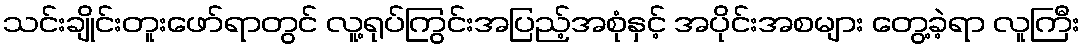
သင်းချိုင်းတူးဖော်ရာတွင် လူ့ရုပ်ကြွင်းအပြည့်အစုံနှင့် အပိုင်းအစများ တွေ့ခဲ့ရာ လူကြီး